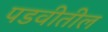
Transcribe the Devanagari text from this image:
पडवीतील